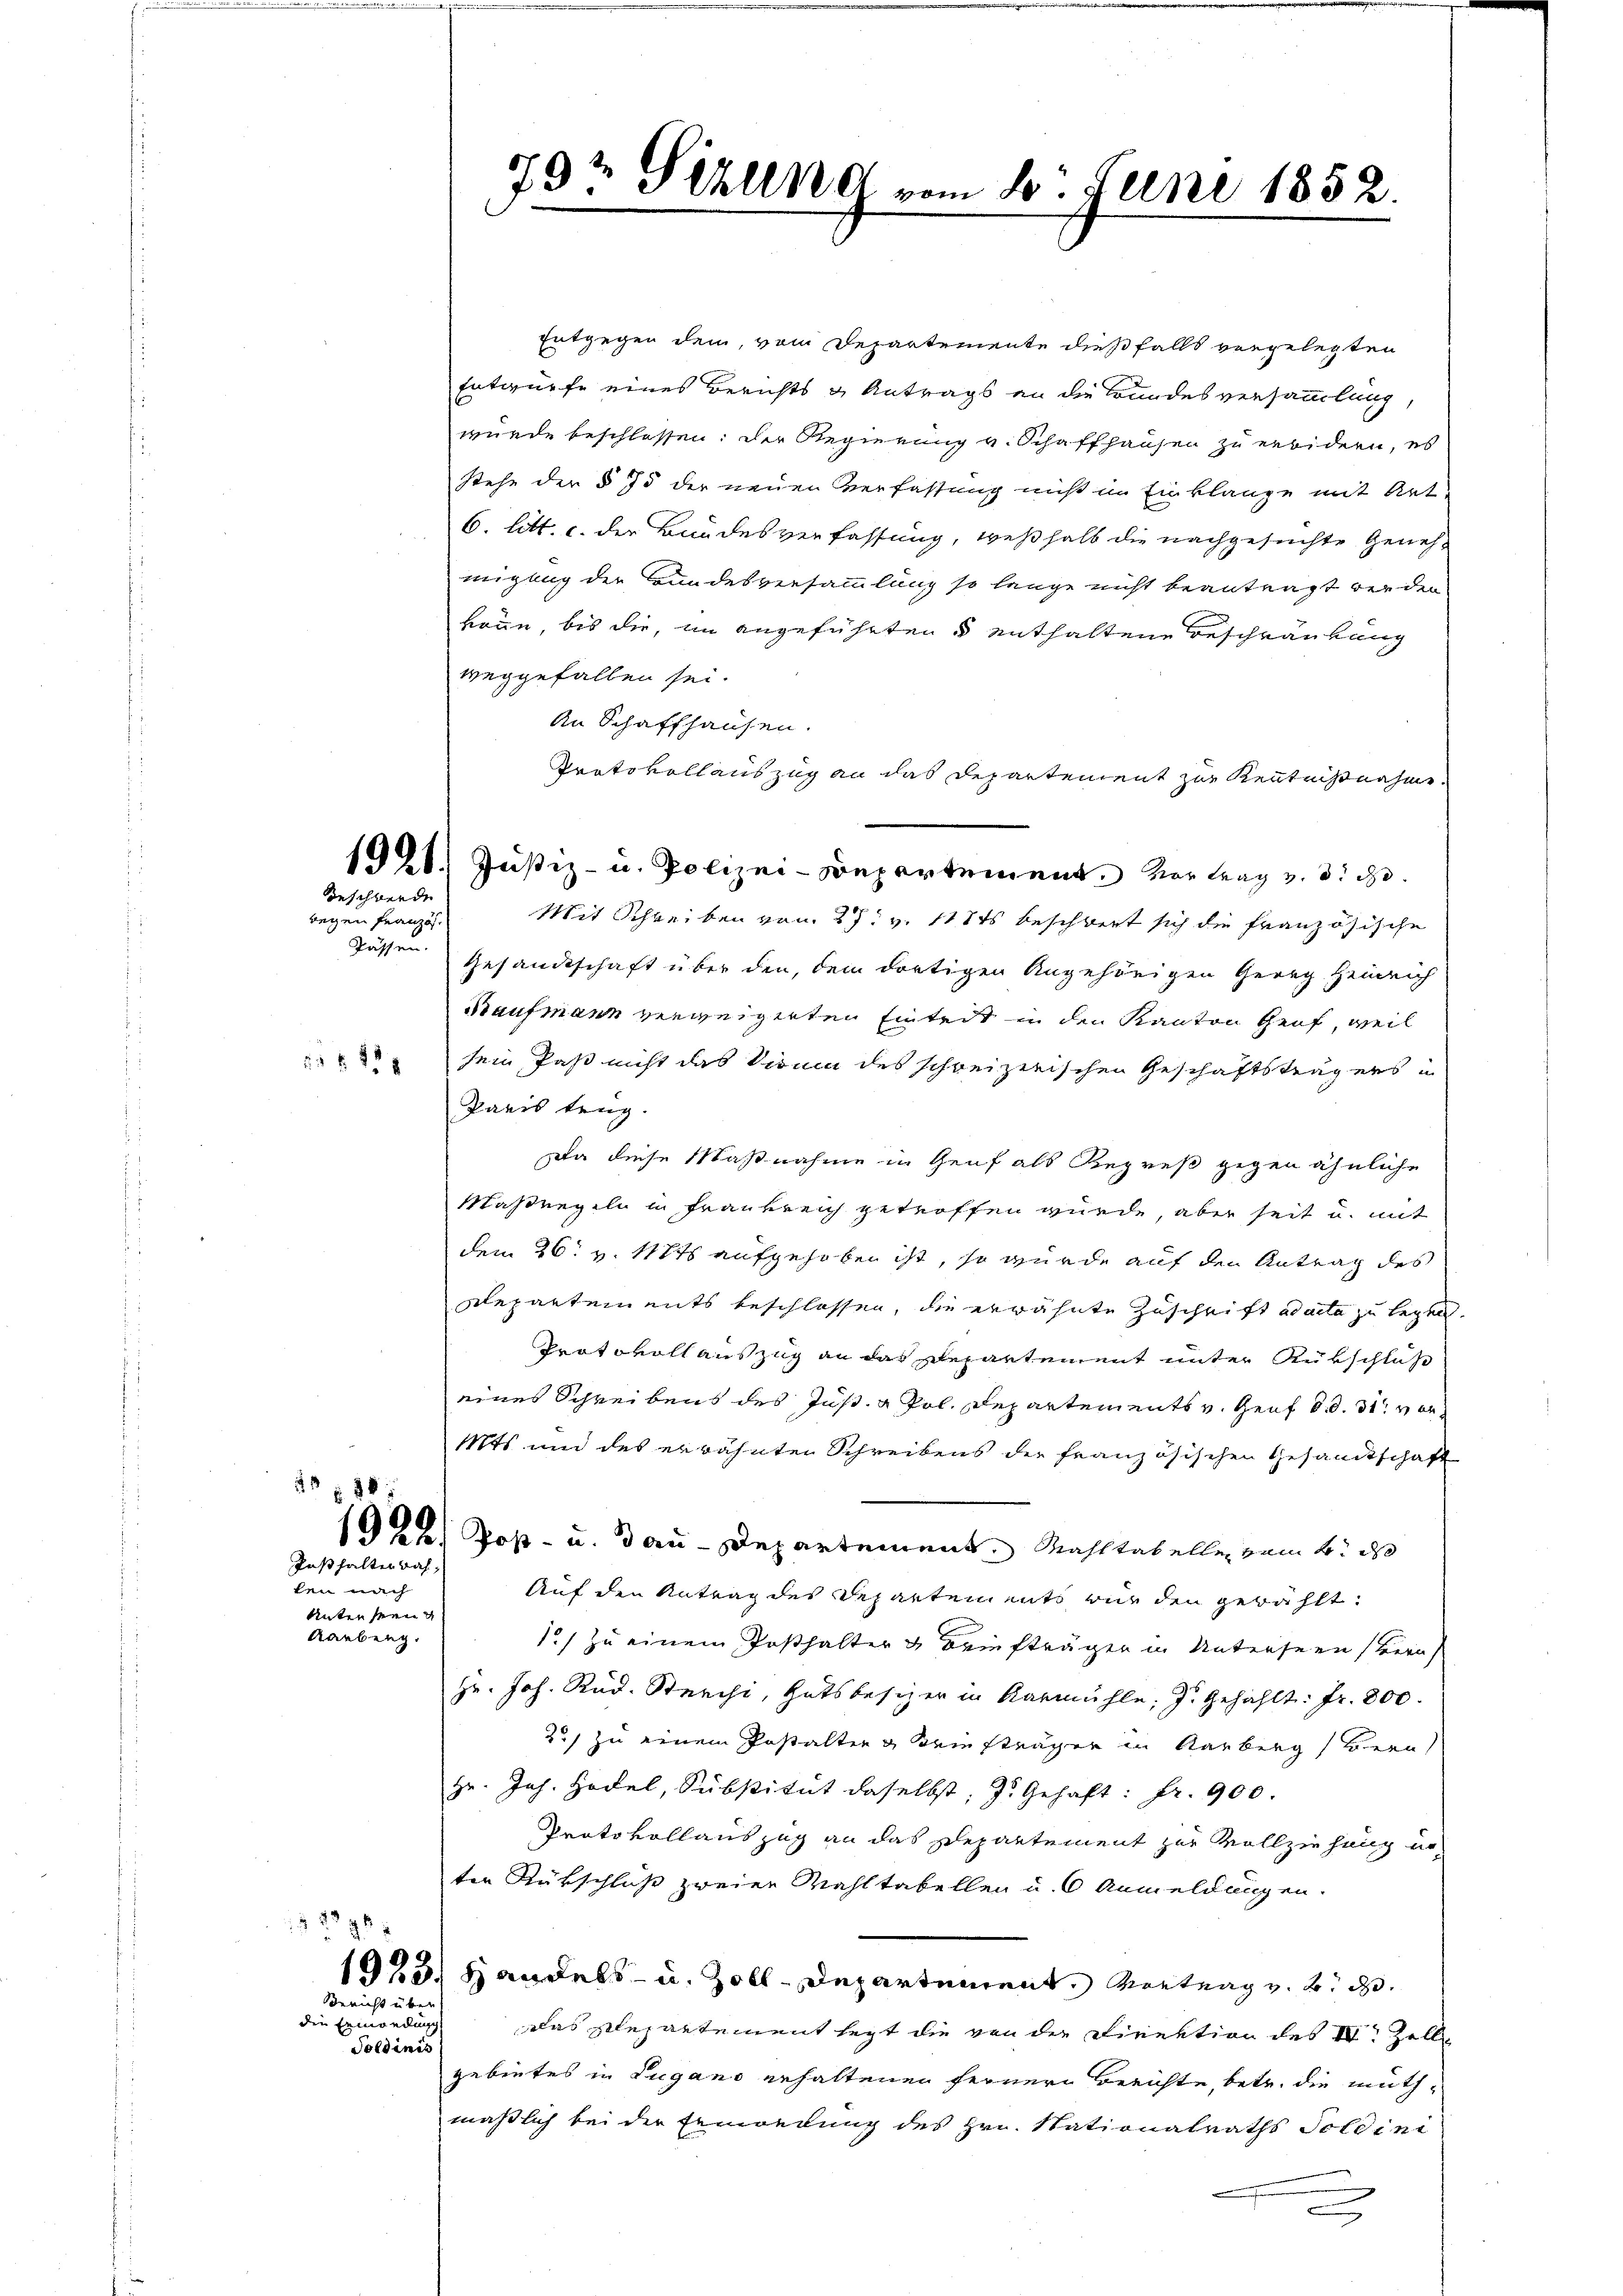
Beschwerde

wegen Französ.
Passen.
21 f 24 x

25 x 185

Festhalten nach,
ken nach
Unter sein
Rarbung.

1985

Bericht über
die Ermordung
Toldinis

Entgegen dem, vom Departemente dießfalls vorgelegten
Entwurfe eines Berichts & Antrags an die Bundesversammlung,
wurde beschlossen: der Regierung v. Schaffhausen zu erbidern, es
stehe der § 75 der neuen Verfassung nicht in Einklange mit Art.
6. litt. c. der Bundesverfassung, weßhalb die nachgesuchte Genehmiglich der Bundesversammlung so lange nicht beantragt werden
könne, bis die, im angeführten 5 enthaltene Beschränkung
weggefallen sei.
An Schaffhausen.
Protokollauszug an das Departement zur Kenntnißnahme
1921. Justiz- u. Polizei-Departement. Vortrag v. 3. d.
Mit Schreiben von 27. v. 118ts beschwert sich die französische
Gesandtschaft über den, dem dortigen Angehörigen Georg Heinrich
Baufmann verweigerten Eintrit in den Kanton Genf, weil
sein Paß nicht das Visum des schreizerischen Geschäftsträgers in
Paris trug.
Da diese Maßnahme in Genf als Regreß gegen ähnliche
Maßregeln in Frankreich getroffen würde, aber seit u. mit
dem 26. v. Mts aufgehoben ist, so würde auf den Antrag des
Departements beschlossen, die erwähnte Zuschrift ad acta zu legen.
Protokoll auszug an das Departement unter Rükschluß
eines Schreibens des Just. u Pol. Departements v. Genf d. d. 31. vor
Mts und des erwähnten Schreibens der französischen Gesandtschaft
1922.) Post- u. dau-Departement. Mahltabellen vom 4. ds
Auf den Antrag des Departements nur den gewählt.
1) zu einem Posthalter & Briefträger in Unterseen vera
Hr. Joh. Rud. Sterchi, Gutsbesizer in Karmühle, J. gezählt: Fr. 800.
2) zu einem Pestalten & Briefträger in Karberg, Bern
Hr. Joh. Hodel, Substitut daselbst; J. Gehaft: Fr. 900
Protokollauszug an das Departement zur Vollziehung un
ten Rükschluß zweier Wahltabellen u. 6 Anmeldungen.
1923 Handels- u. Zoll-Departement. Vortrag v. 2. d.
das Departement legt die von der Direktion des 18. Zelle
gebietes in Lugano gehaltenen fernern Berichte, betr. die muthmaßlich bei der Ermordung des Hrn. Nationalraths Soldini
d

7
9½ Pillnd vom 20. Juni 1852.